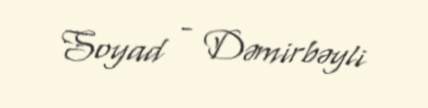
Soyad - Dəmirbəyli